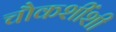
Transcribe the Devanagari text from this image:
चौकशींशी